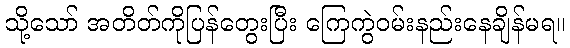
သို့သော် အတိတ်ကိုပြန်တွေးပြီး ကြေကွဲဝမ်းနည်းနေချိန်မရ။